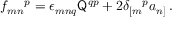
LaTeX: f _ { m n } { } ^ { p } = \epsilon _ { m n q } \mathsf { Q } ^ { q p } + 2 \delta _ { [ m } { } ^ { p } a _ { n ] } \, .